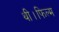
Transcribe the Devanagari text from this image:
थी।फिल्म